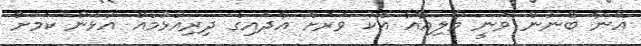
އޭނާ ބޭނުން ވަނީ މާލިއާއާ އެކު ވަރަށް އާދައިގެ ދިރިއުޅުމެއް އުޅެން ކަމަށް